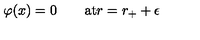
\varphi ( x ) = 0 \qquad \mathrm { a t } r = r _ { + } + \epsilon